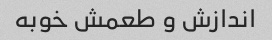
اندازش و طعمش خوبه